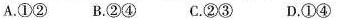
A.①② B.②④ C.②③ D.①④